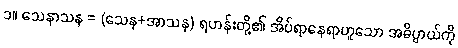
၁။ သေနာသန = (သေန+အာသန) ရဟန်းတို့၏ အိပ်ရာနေရာဟူသော အဓိပ္ပာယ်ကို